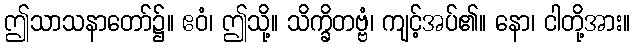
ဤသာသနာတော်၌။ ဧဝံ၊ ဤသို့။ သိက္ခိတဗ္ဗံ၊ ကျင့်အပ်၏။ နော၊ ငါတို့အား။